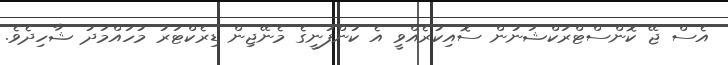
އެސް ޖޭ ކޮންސްޓްރަކްޝަނުން ސޮއިކުރެއްވީ އެ ކުންފުނީގެ މެނޭޖިން ޑިރެކްޓަރު މުހައްމަދު ޝާހިދެވެ.